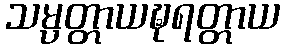
သမ္ပတ္တာယဍ္ဎရတ္တာယ